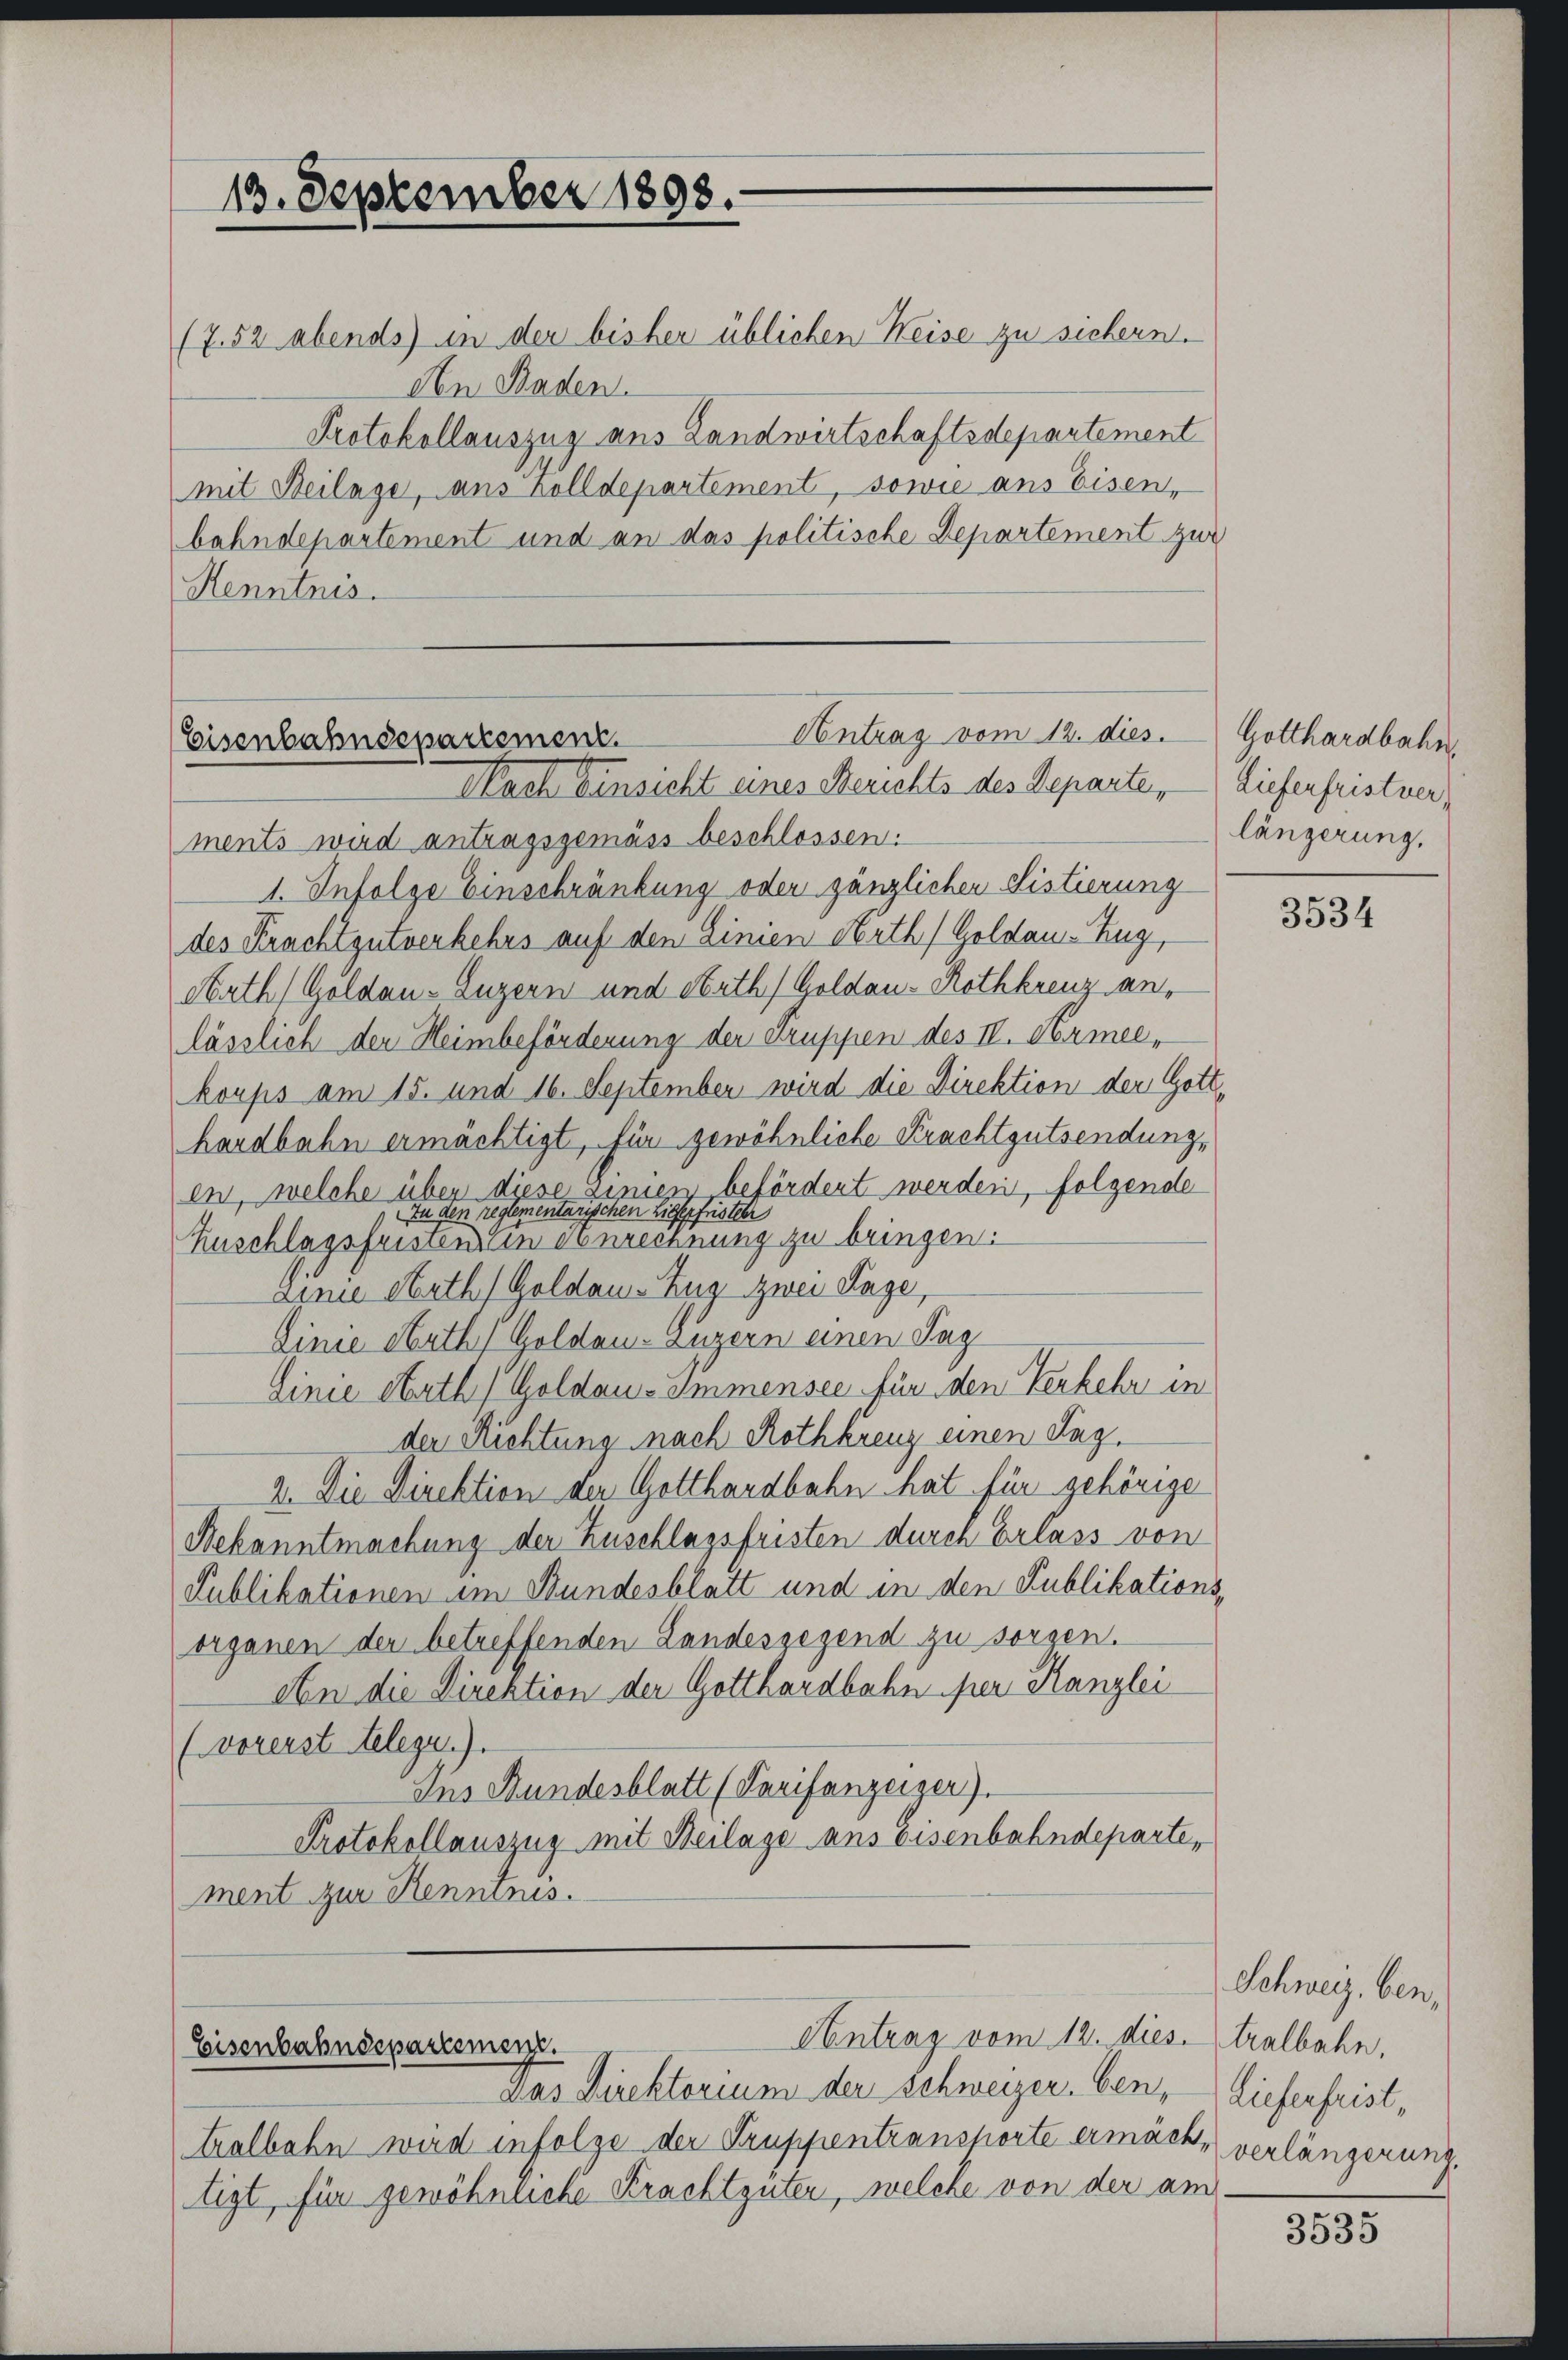
18. September 1898.
(7.52 abends in der bisher üblichen Weise zu sichern.
Aen Baden.

Protokollauszug aus Landwirtschaftsdepartement
mit Beilage, aus Zolldepartement, sowie aus Eisen,
bahndepartement und an das politische Departement zur
Kenntnis.

Antrag vom 12. dies
Eisenbahndepartement.
Nach Einsicht eines Berichts des Departe, – Lieferfristver,

ments wird antragsgemäss beschlossen:
1. Infolge Einschränkung oder gänzlichen Listierung
des Krachtgutverkehrs auf den Linien Nath) Goldau - Zug,
Nath) Goldau-Luzern und Nath) Goldau-Rothkreuz anlässlich der Heimbeförderung der Truppen des IV. Armee-
korps am 15. und 16. September wird die Direktion der Gott
hardbahn ermächtigt, für gewöhnliche Krachtgutsendung,
en, welche über diese Linien befördert werden, folgende
In den reglementarischen Ligepfrister
Zuschlagsfristen in einrechnung zu bringen:
Linie Nath Goldau - Zug zwei Tage,
Linie Nath) Goldau-Luzern einen Tag
Linie oberth Goldau-Immensee für den Verkehr in
der Richtung nach Rothkreuz einen Lag
2. Die Direktion der Gotthardbahn hat für gehörige
Bekanntmachung der Zuschlagsfristen durch Erlass von
Publikationen im Bundesblatt und in den Publikationsorganen der betreffenden Landesgegend zu sorgen.
An die Direktion der Gotthardbahn per Kanzlei
(vorerst telege.)
Ins Hundesblatt (Tarifanzeiger).
Protokollauszug mit Beilage aus Eisenbahndeparte,
ment zur Kenntnis.

Contrag vom 12. dies tralbahn,
Eisenbahndepartemenz.
Das Direktorium der schweizer. Cen¬

tralbahn wird infolge der Truppentransporte ermächt,
tigt, für gewöhnliche Krachtgüter, welche von der am

Gotthardbahn
längerung.

3534

Schweiz. ben,
Lieferfrist,
verlängerung

3535